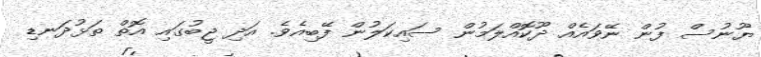
ޔޫނުސް ފުން ނޭވައެއް ދޫކޮއްލަމުން ސައިކަލުން ފޭބިއެވެ. އަދި ޖީބުގައި އޮތް ތަޅުދަނޑި